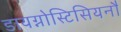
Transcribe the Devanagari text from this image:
डायग्नोस्टिसियनौं